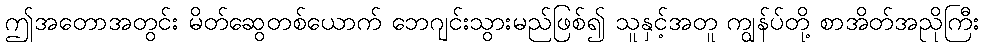
ဤအတောအတွင်း မိတ်ဆွေတစ်ယောက် ဘေဂျင်းသွားမည်ဖြစ်၍ သူနှင့်အတူ ကျွန်ပ်တို့ စာအိတ်အညိုကြီး